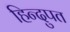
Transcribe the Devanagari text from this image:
हिन्दुपत